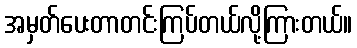
အမှတ်ပေးတာတင်းကြပ်တယ်လို့ကြားတယ်။